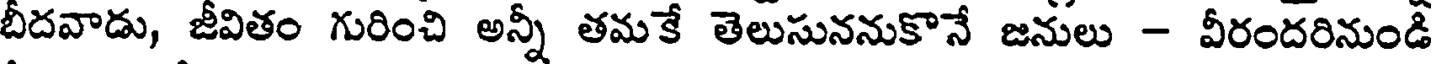
బీదవాడు, జీవితం గురించి అన్నీ తమకే తెలుసుననుకొనే జనులు - వీరందరినుండి